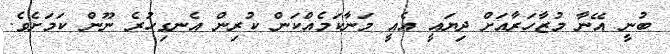
ބުނީ އޭނާ މުޒާހަރާއަށް ދިޔައީ އެއީ މަނާކަމެއްކަން ކުރިން އެނގިހުރެ ނޫން ކަމަށެވެ.